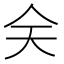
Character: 𠇄